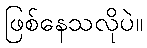
ဖြစ်နေသလိုပဲ။